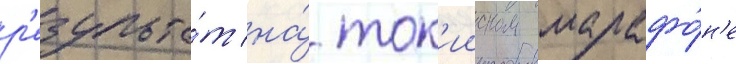
р'езульта́т на́ ток'ииском марафо́н'е